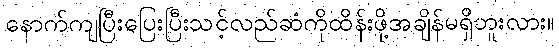
နောက်ကျပြီးပြေးပြီးသင့်လည်ဆံကိုထိန်းဖို့အချိန်မရှိဘူးလား။